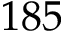
1 8 5